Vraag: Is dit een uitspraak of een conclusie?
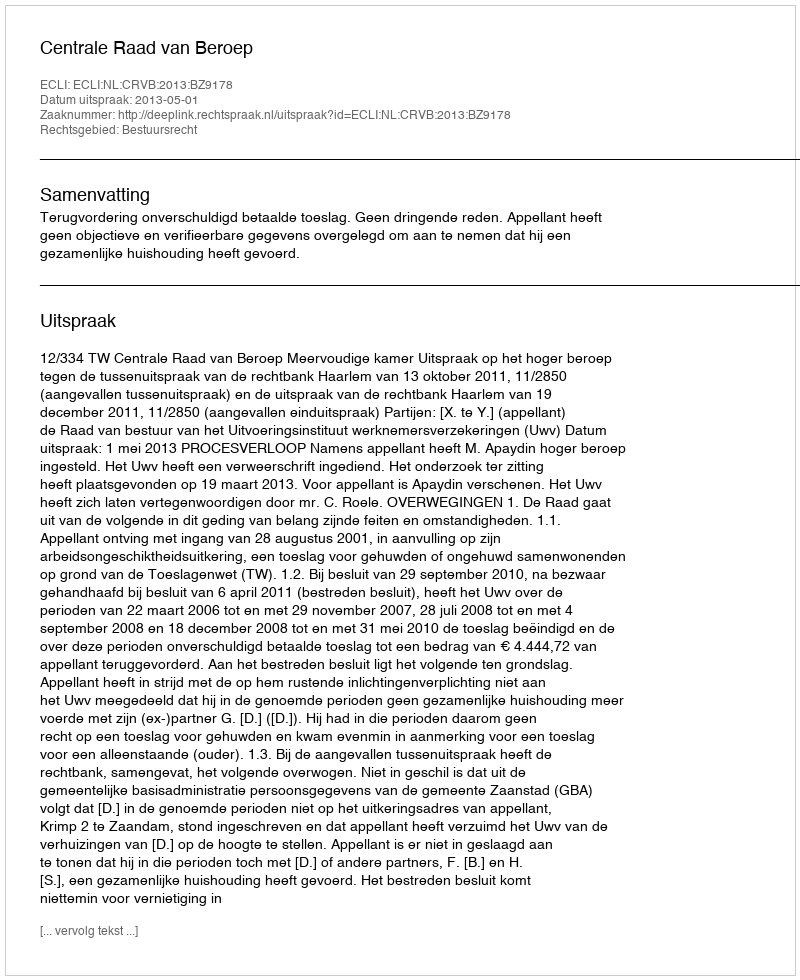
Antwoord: Uitspraak